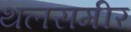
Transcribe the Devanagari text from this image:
थलसमीर